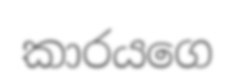
කාරයගෙ